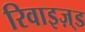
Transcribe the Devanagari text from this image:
रिवाइज़्ड